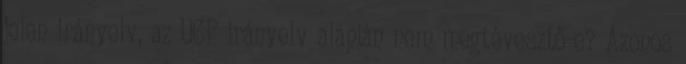
jelen irányelv, az UCP irányelv alapján nem megtévesztő-e? Azonos